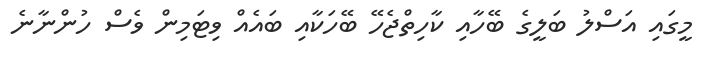
މީގައި އަސްލު ބަލީގެ ބޭހާއި ކާހިތްޖެހޭ ބޭހަކާއި ބައެއް ވިޓަމިން ވެސް ހުންނާނެ